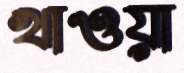
খাওয়া